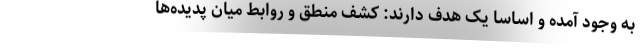
به وجود آمده و اساساً یک هدف دارند: کشف منطق و روابط میان پدیده‌ها